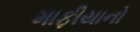
માફીયાનો